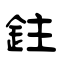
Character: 鉒